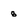
Character: 8